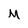
Character: M